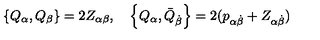
\left\{ Q _ { \alpha } , Q _ { \beta } \right\} = 2 Z _ { \alpha \beta } , \quad \left\{ Q _ { \alpha } , \bar { Q } _ { \dot { \beta } } \right\} = 2 ( p _ { \alpha \dot { \beta } } + Z _ { \alpha \dot { \beta } } )